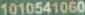
1010541060